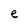
Character: e